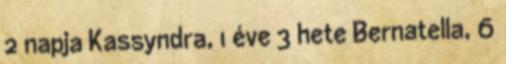
2 napja Kassyndra, 1 éve 3 hete Bernatella, 6